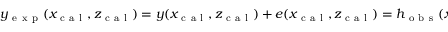
\begin{array} { r } { y _ { \mathrm { ~ e ~ x ~ p ~ } } ( x _ { \mathrm { ~ c ~ a ~ l ~ } } , z _ { \mathrm { ~ c ~ a ~ l ~ } } ) = y ( x _ { \mathrm { ~ c ~ a ~ l ~ } } , z _ { \mathrm { ~ c ~ a ~ l ~ } } ) + e ( x _ { \mathrm { ~ c ~ a ~ l ~ } } , z _ { \mathrm { ~ c ~ a ~ l ~ } } ) = h _ { \mathrm { ~ o ~ b ~ s ~ } } ( x _ { \mathrm { ~ c ~ a ~ l ~ } } , \theta , z _ { \mathrm { ~ c ~ a ~ l ~ } } ) + e ( x _ { \mathrm { ~ c ~ a ~ l ~ } } , z _ { \mathrm { ~ c ~ a ~ l ~ } } ) , } \end{array}